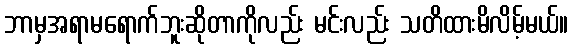
ဘာမှအရာမရောက်ဘူးဆိုတာကိုလည်း မင်းလည်း သတိထားမိလိမ့်မယ်။